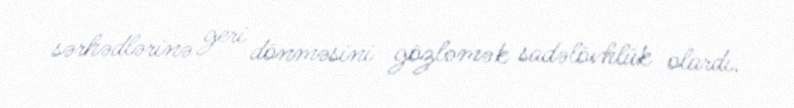
sərhədlərinə geri dönməsini gözləmək sadəlövhlük olardı.